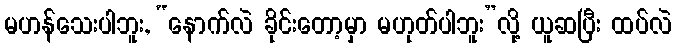
မဟန်သေးပါဘူး, “နောက်လဲ ခိုင်းတော့မှာ မဟုတ်ပါဘူး”လို့ ယူဆပြီး ထပ်လဲ